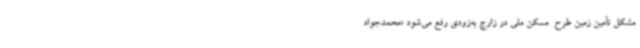
مشکل تأمین زمین طرح  مسکن ملی در زارچ به‌زودی رفع می‌شود «محمدجواد